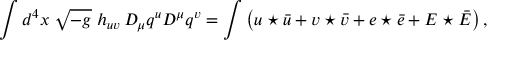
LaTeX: \int d ^ { 4 } x \; \sqrt { - g } \; h _ { u v } \, D _ { \mu } q ^ { u } D ^ { \mu } q ^ { v } = \int \left( u \star \bar { u } + v \star \bar { v } + e \star \bar { e } + E \star \bar { E } \right) ,